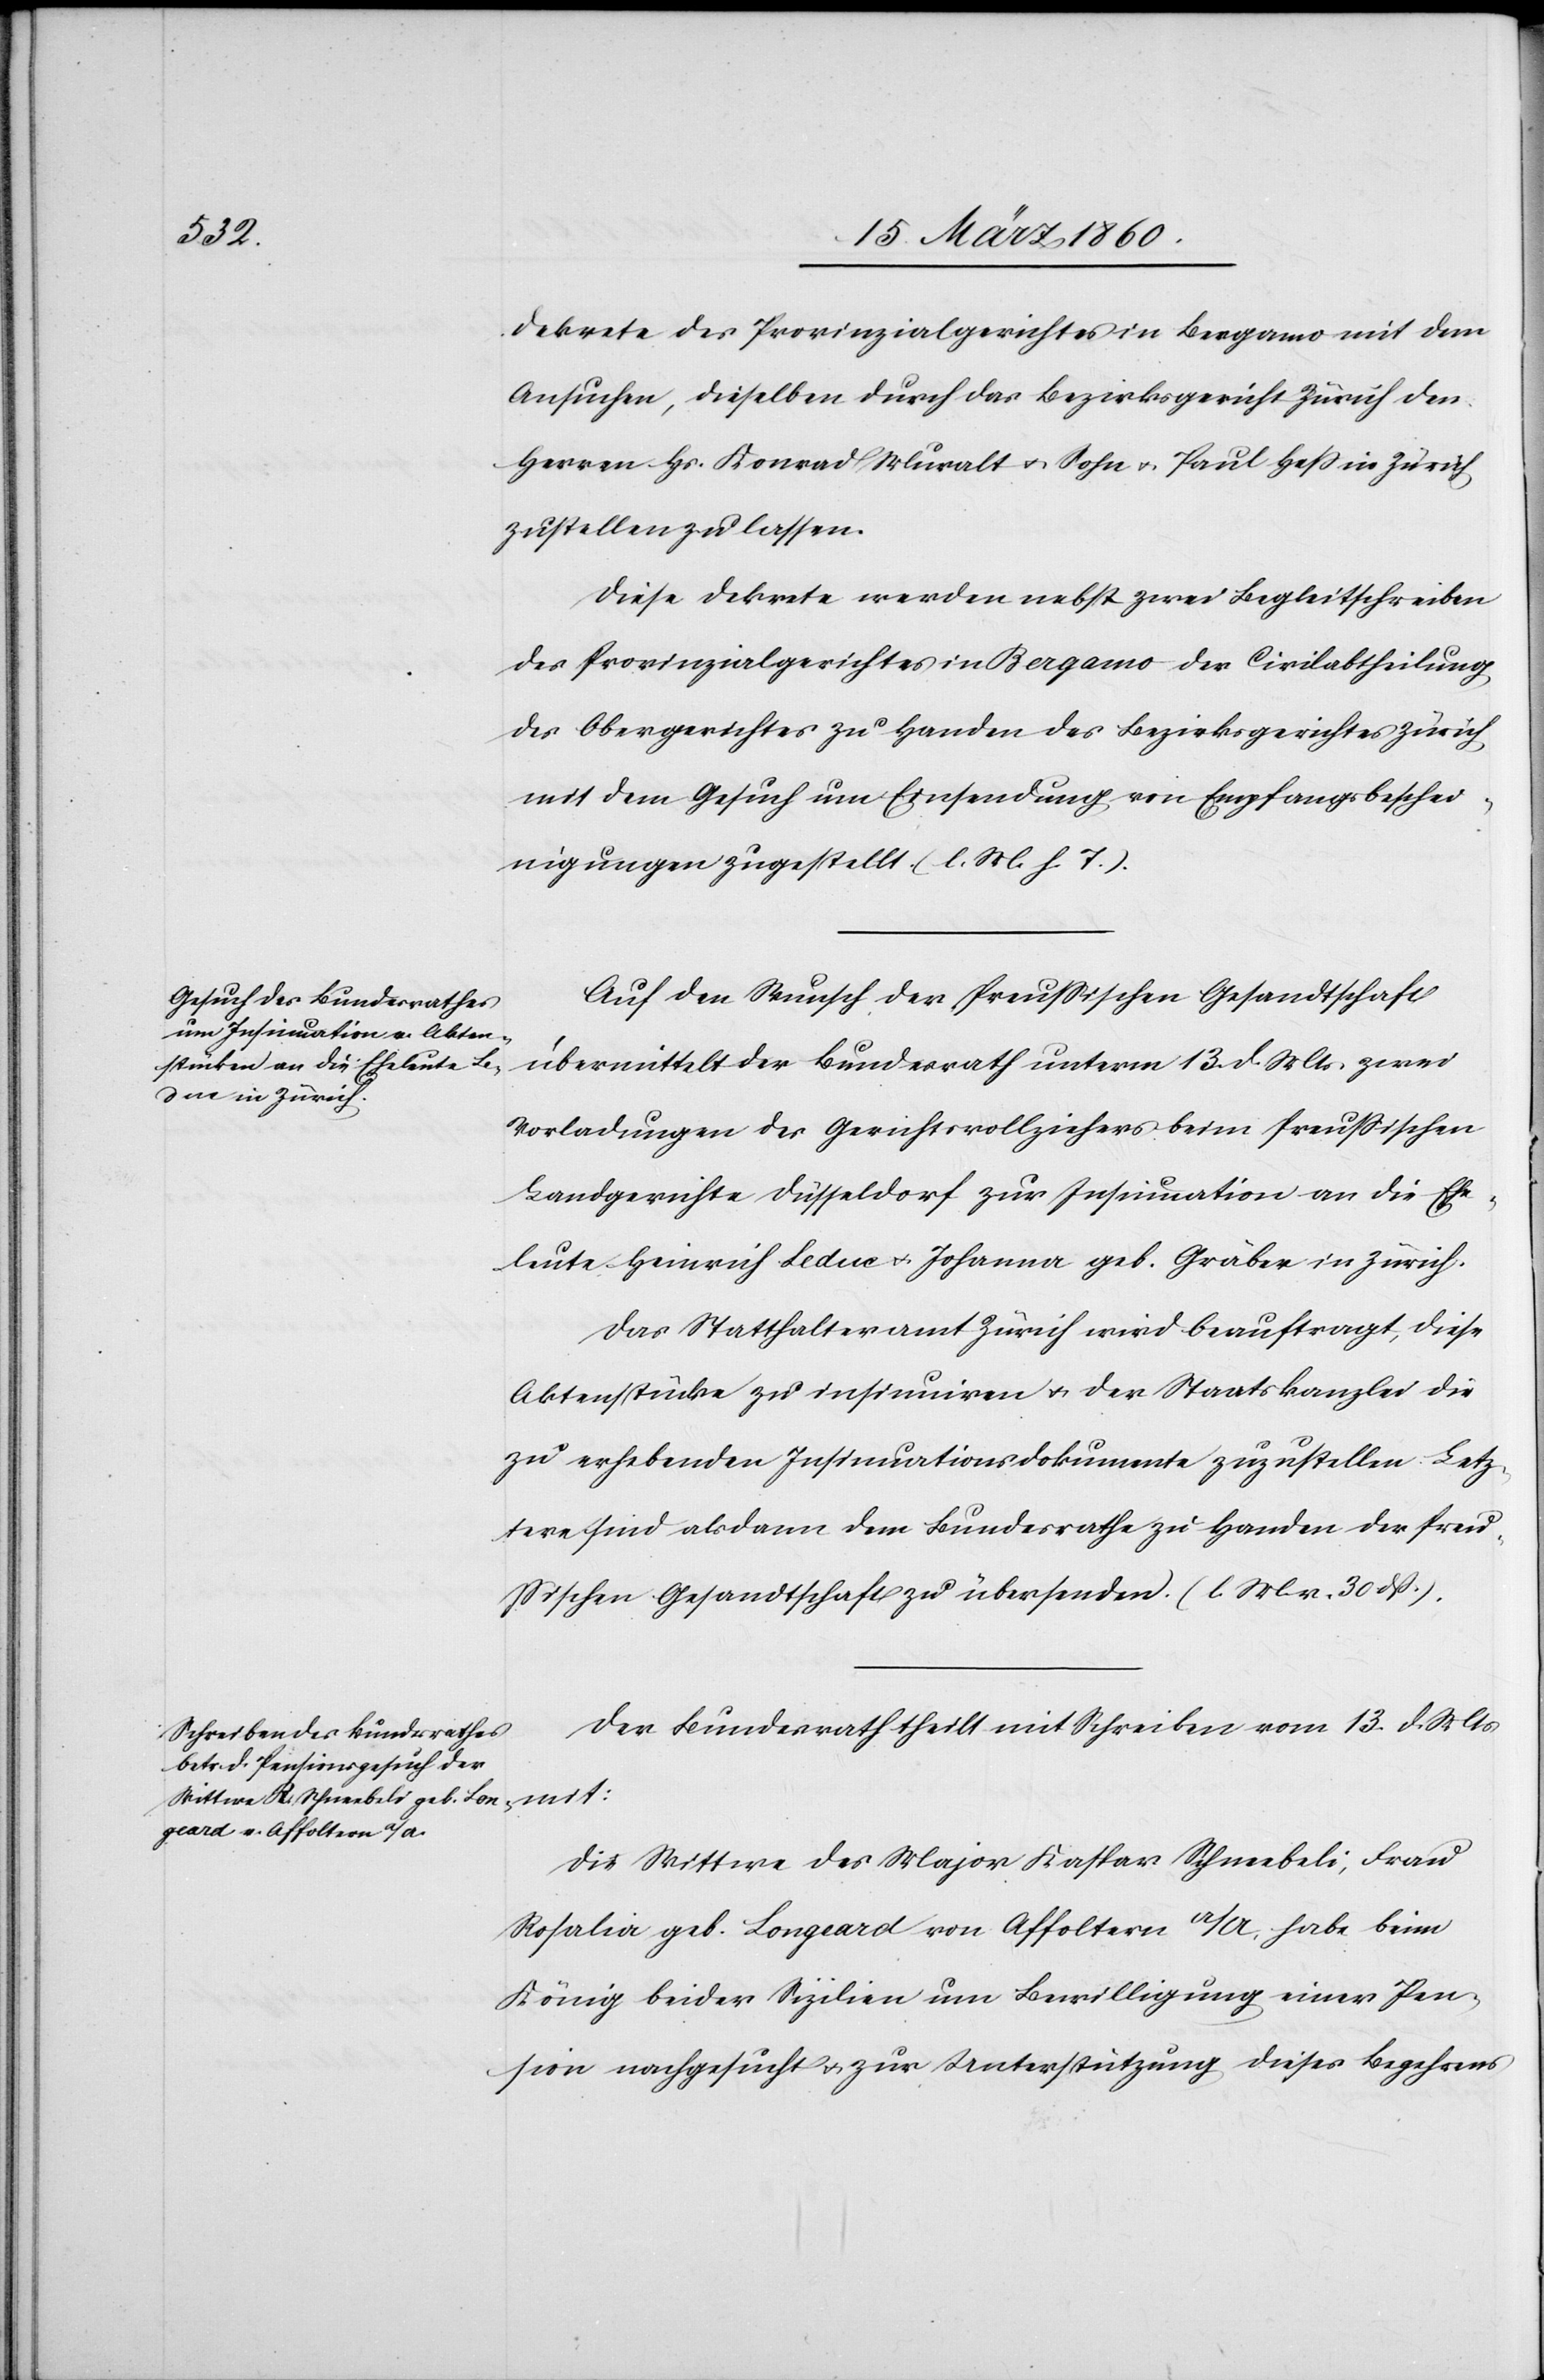
Dekrete des Provinzialgerichtes in Bergamo mit dem
Ansuchen, dieselben durch das Bezirksgericht Zürich den
Herren Hs. Konrad Muralt u. Sohn u. Paul Hess in Zürich
zustellen zu lassen.
Diese Dekrete werden nebst zwei Begleitschreiben
des Provinzialgerichtes in Bergamo der Civilabtheilung
des Obergerichts zu Handen des Bezirksgerichtes Zürich
mit dem Gesuch um Einsendung von Empfangsbeschei¬
nigungen zugestellt. [l. M. h. T]
Auf den Wunsch der Preussischen Gesandtschaft
übermittelt der Bundesrath unterm 13. d. M. zwei
Vorladungen des Gerichtsvollziehers beim Preussischen
Landgerichte Düsseldorf zur Insinuation an die Ehe¬
leute Heinrich Ledue u. Johanna geb. Gräber in Zürich.
Das Statthalteramt Zürich wird beauftragt, diese
Aktenstücke zu insinuiren u. der Staatskanzlei die
zu erhebenden Insinuationsdokumente zuzustellen. Letz¬
tere sind alsdann dem Bundesrathe zu Handen der Preus¬
sischen Gesandtschaft zu übersenden. [l. M. v. 30. dß.]
Der Bundesrath theilt mit Schreiben vom 13. d. Mts.
mit:
Die Wittwe des Major Kaspar Schneebeli, Frau
Rosalia geb. Longeard von Affoltern a./A. habe beim
König beider Sizilien um Bewilligung einer Pen¬
sion nachgesucht u. zur Unterstützung dieses Begehrens